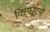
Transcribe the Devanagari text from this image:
विस्फोटनों